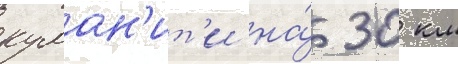
куман'ит'и на́ 30 км